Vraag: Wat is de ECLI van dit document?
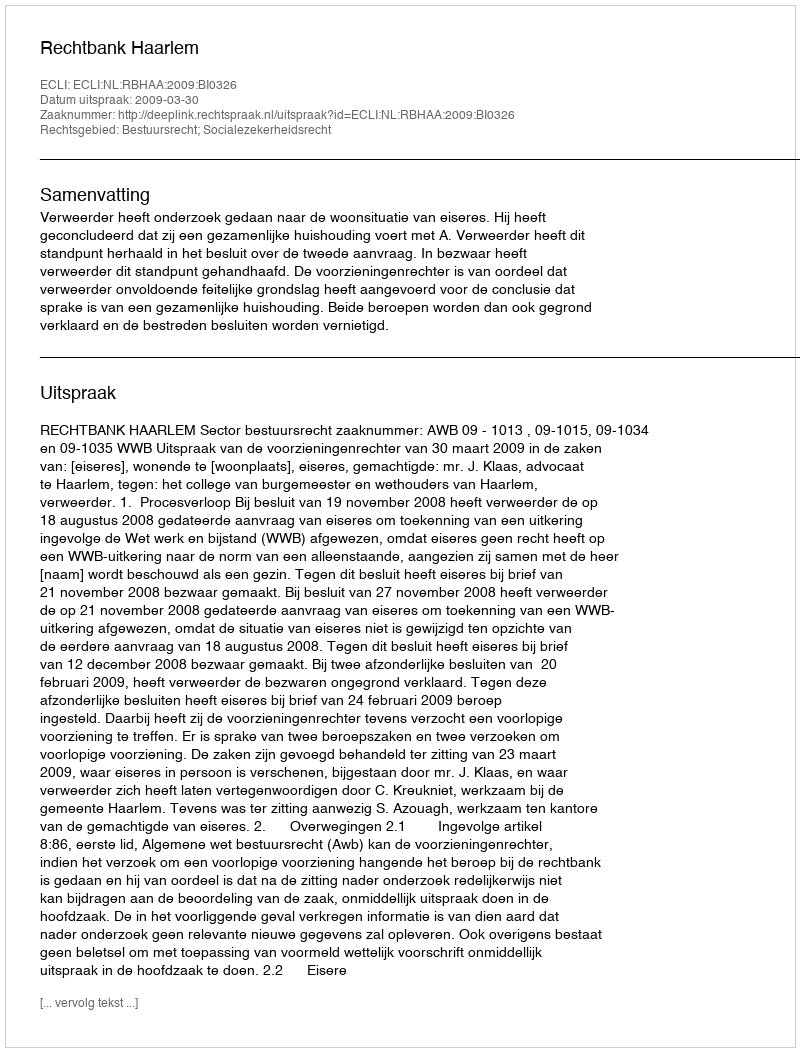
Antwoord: ECLI:NL:RBHAA:2009:BI0326